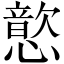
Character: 𫻎